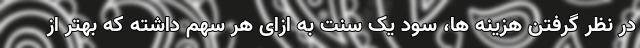
در نظر گرفتن هزینه ها، سود یک سنت به ازای هر سهم داشته که بهتر از